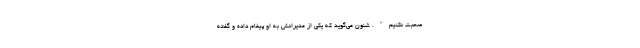
صحبت نکنیم". شنون می‌گوید که یکی از مدیرانش به او پیغام داده و گفته